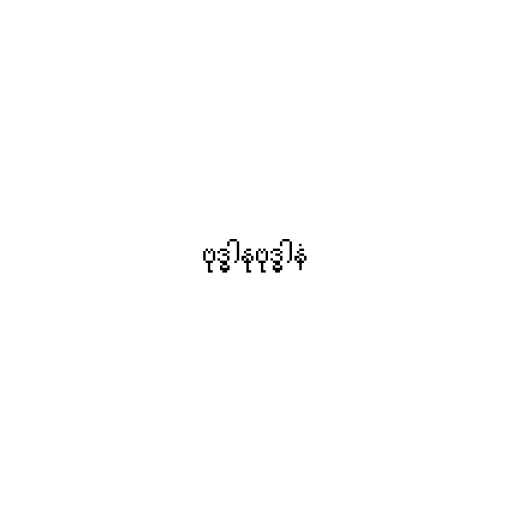
ဗုဒ္ဓါနုဗုဒ္ဓါနံ